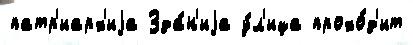
патр'иарх'иjа Зда́н'иjа у́л'ица прохо́д'ит